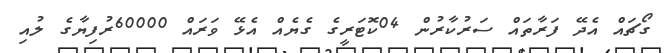
ގޯޗައް އެދޭ ފަރާތައް ސަރުކާރުން 04ކޮޓަރީގެ ގެޔެއް އެޅޭ ވަރައް 60000ރުފިޔާގެ ލުއި